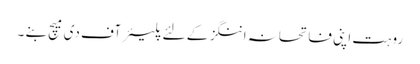
روہت اپنی فاتحانہ اننگز کے لئے پلیئر آف دی میچ بنے ۔